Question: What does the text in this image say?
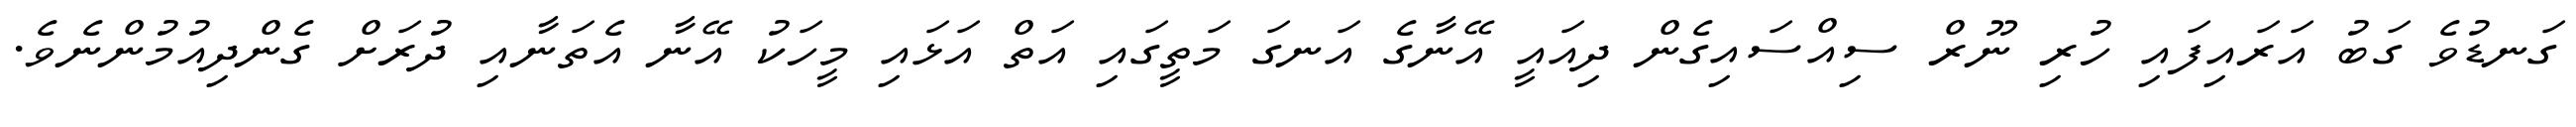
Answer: ގަނޑުވެ ގަބު އަރައިފައި ހުރި ނޫރް ސިއްސައިގެން ދިއައީ އޭނާގެ އަނގަ މަތީގައި އަތް އަޅައި މީހަކު އޭނާ އެތަނާއި ދުރަށް ގެންދިއުމުންނެވެ.